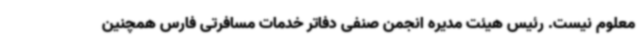
معلوم نیست. رئیس هیئت مدیره انجمن صنفی دفاتر خدمات مسافرتی فارس همچنین